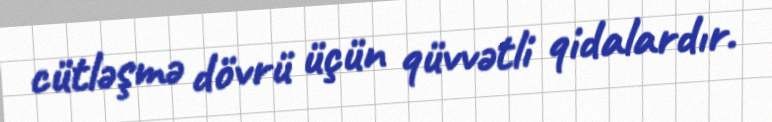
cütləşmə dövrü üçün qüvvətli qidalardır.